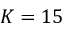
K = 1 5